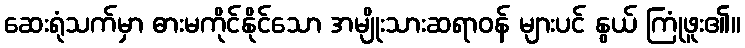
ဆေးရုံသက်မှာ ဓားမကိုင်နိုင်သော အမျိုးသားဆရာဝန် များပင် နွယ် ကြုံဖူး၏။